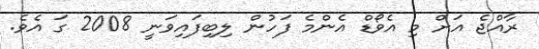
ރާއްޖެ އަށް މި އެވޯޑް އެންމެ ފަހުން ލިބިފައިވަނީ 2008 ގަ އެވެ.